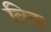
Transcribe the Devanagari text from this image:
विझ